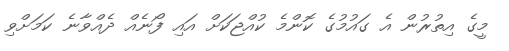
މީގެ އިތުރުން އެ ގައުމުގެ ކޮންމެ ކުއްޖަކަށް އައި ފޯނެއް ދެއްވާނެ ކަމަށްވި